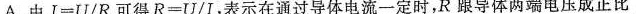
A.由$$I = U / R$$可得$$R = U / I$$，表示在通过导体电流一定时，R跟导体两端电压成正比